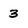
Character: 3